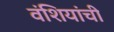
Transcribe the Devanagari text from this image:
वंशियांची